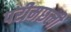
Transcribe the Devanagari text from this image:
परीमछली